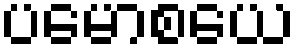
ပမောစယေ